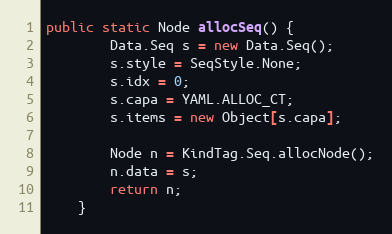
Language: Java
public static Node allocSeq() {
        Data.Seq s = new Data.Seq();
        s.style = SeqStyle.None;
        s.idx = 0;
        s.capa = YAML.ALLOC_CT;
        s.items = new Object[s.capa];

        Node n = KindTag.Seq.allocNode();
        n.data = s;
        return n;
    }